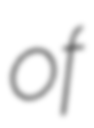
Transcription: of